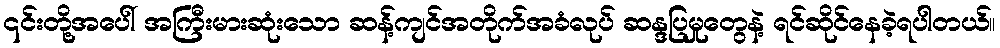
၎င်းတို့အပေါ် အကြီးမားဆုံးသော ဆန့်ကျင်အတိုက်အခံလုပ် ဆန္ဒပြမှုတွေနဲ့ ရင်ဆိုင်နေခဲ့ရပါတယ်။